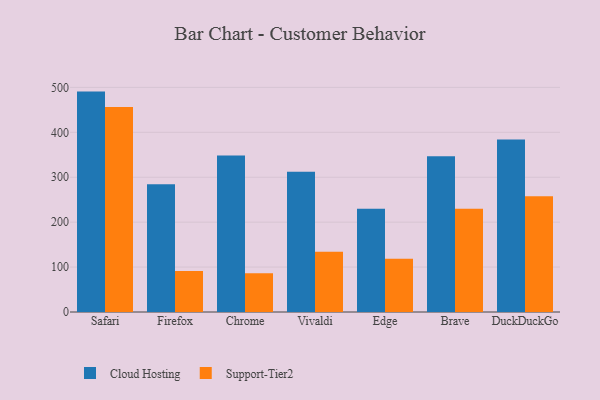
{"axis": {"x": "Browser", "y": "Churn Rate (%)"}, "legend": ["Cloud Hosting", "Support-Tier2"], "data": [{"x": "Safari", "y": 490.6, "type": "Cloud Hosting"}, {"x": "Safari", "y": 456.2, "type": "Support-Tier2"}, {"x": "Firefox", "y": 284.5, "type": "Cloud Hosting"}, {"x": "Firefox", "y": 91.3, "type": "Support-Tier2"}, {"x": "Chrome", "y": 348.4, "type": "Cloud Hosting"}, {"x": "Chrome", "y": 86.3, "type": "Support-Tier2"}, {"x": "Vivaldi", "y": 312.2, "type": "Cloud Hosting"}, {"x": "Vivaldi", "y": 134.2, "type": "Support-Tier2"}, {"x": "Edge", "y": 230.1, "type": "Cloud Hosting"}, {"x": "Edge", "y": 118.4, "type": "Support-Tier2"}, {"x": "Brave", "y": 346.9, "type": "Cloud Hosting"}, {"x": "Brave", "y": 230.1, "type": "Support-Tier2"}, {"x": "DuckDuckGo", "y": 383.7, "type": "Cloud Hosting"}, {"x": "DuckDuckGo", "y": 257.4, "type": "Support-Tier2"}]}